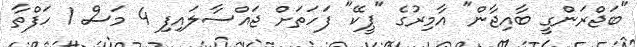
"ބަޖްރަންގީ ބާއިޖާން" އާމިރުގެ "ޕީކޭ" ފަހަތަށް ޖައްސާލައިފި 4 މަސް 1 ހަފްތާ